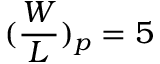
( \frac { W } { L } ) _ { p } = 5